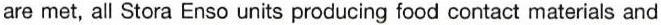
are met, all Stora Enso units producing food contact materials and